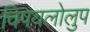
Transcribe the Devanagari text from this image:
विषयलोलुप